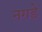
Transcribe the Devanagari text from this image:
नगडे